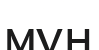
мұн